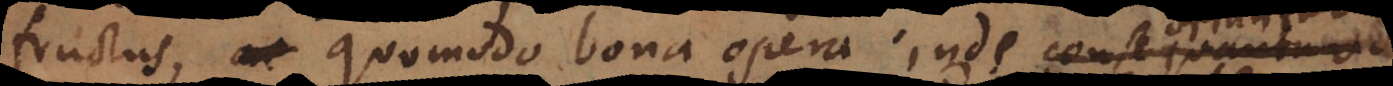
fructus, quomodo bona opera inde consequantur,